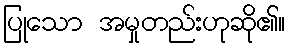
ပြုသော အမှုတည်းဟုဆို၏။